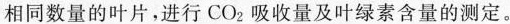
相同数量的叶片，进行CO_{2}吸收量及叶绿素含量的测定。